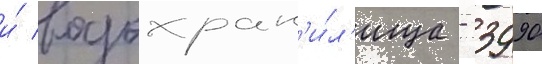
и́ водохран'и́л'ища - 3990